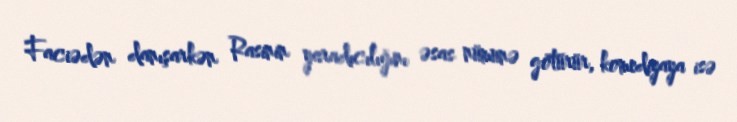
Faciədən danışarkən Rasinin yaradıcılığını əsas nümunə götürür, komediyaya isə